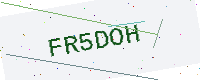
Text: FR5DOH